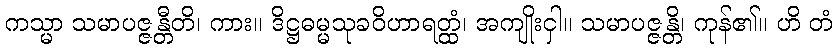
ကသ္မာ သမာပဇ္ဇန္တီတိ၊ ကား။ ဒိဋ္ဌဓမ္မသုခဝိဟာရတ္ထံ၊ အကျိုးငှါ။ သမာပဇ္ဇန္တိ၊ ကုန်၏။ ဟိ တံ